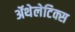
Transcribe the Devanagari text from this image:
ॲथेलेटिक्स